Annual report on the mental hospital in the Central Provinces and Berar (Nagpur) - 1927-1951
Year: 1927
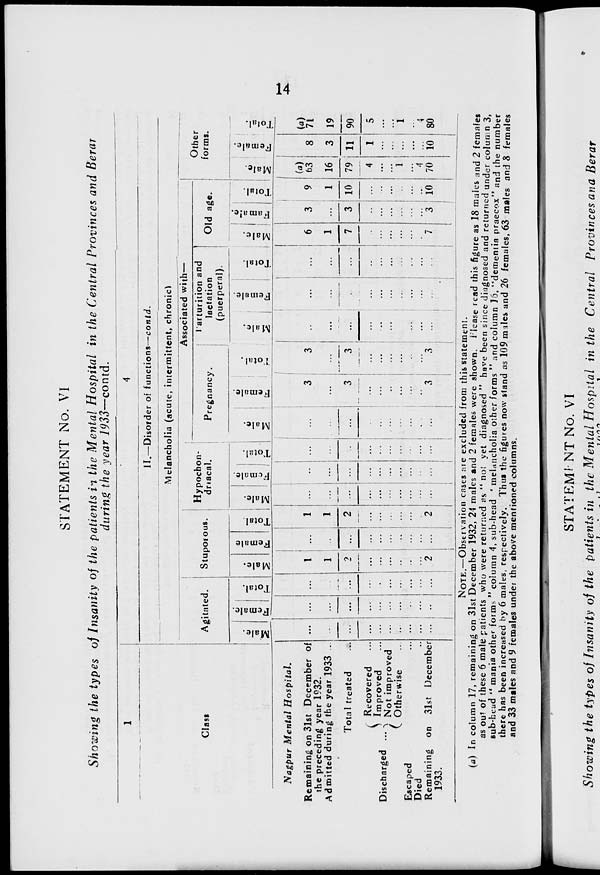
14
STATEMENT No. VI
Showing the types of Insanity of the patients in the Mental Hospital in the Central Provinces and Berar
during the year 1933—contd.
1
Class
Nagpur Mental
Hospital.
Remaining on 31st December of
the preceding year 1932.
Admitted during the year 1933 ...
Total treated ...
Discharged ...
Recovered ...
Improved ...
Not improved ...
Otherwise ...
Escaped ...
Died ...
Remaining on 31st December
1933.
4
II.—Disorder of functions—contd.
Melancholia (acute, intermittent, chronic)
Agitated.
Male.
...
...
...
...
...
...
...
...
...
...
Female.
...
...
...
...
...
...
...
...
...
...
Total.
...
...
...
...
...
...
...
...
...
...
Stuporous.
Male.
1
1
2
...
...
...
...
...
...
2
Female
...
...
...
...
...
...
...
...
...
...
Total.
1
1
2
...
...
...
...
...
...
2
Hypochon-
driacal.
Male.
...
...
...
...
...
...
...
...
...
...
Female.
...
...
...
...
...
...
...
...
...
...
Total.
...
...
...
...
...
...
...
...
...
...
Associated with—
Pregnancy.
Male.
...
...
...
...
...
...
...
...
...
...
Female.
3
...
3
...
...
...
...
...
...
3
Total.
3
...
3
...
...
...
...
...
...
3
Parturition and
lactation
(puerperal).
Male.
...
...
...
...
...
...
...
...
...
...
Female.
...
...
...
...
...
...
...
...
...
...
Total.
...
...
...
...
...
...
...
...
...
...
Old age.
Male.
6
1
7
...
...
...
...
...
...
7
Famale.
3
...
3
...
...
...
...
...
...
3
Total.
9
1
10
...
...
...
...
...
...
10
Other
forms.
Male.
(a)
63
16
79
4
...
...
1
...
4
70
Female.
8
3
11
1
...
...
...
...
...
10
Total.
(a)
71
19
90
5
...
...
1
...
4
80
NOTE.—Observation cases are excluded from this statement.
(a) In column 17, remaining on 31st December 1932, 24 males and 2 females were shown. Please read this figure as 18 males and 2 females
as out of these 6 male patients who were returned as "not yet diagnosed" have been since diagnosed and returned under column 3,
sub-head "mania other forms" column 4, sub-head 'melancholia other forms" and column 16, "dementia praecox" and the number
there has been increased by 6 males, respectively. Thus the figures now stand as 109 males and 26 females, 63 males and 8 females
and 33 males and 9 females under the above mentioned columns.